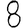
Digit: 8